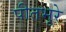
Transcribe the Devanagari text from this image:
पीतभूरे